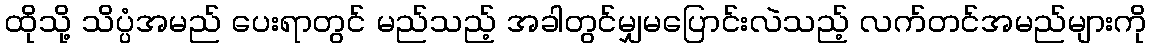
ထိုသို့ သိပ္ပံအမည် ပေးရာတွင် မည်သည့် အခါတွင်မျှမပြောင်းလဲသည့် လက်တင်အမည်များကို